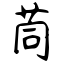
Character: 茼